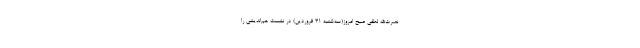
نصرت‌الله لطفی صبح امروز(سه‌شنبه ۳۱ فروردین) در نشست هم‌اندیشی را